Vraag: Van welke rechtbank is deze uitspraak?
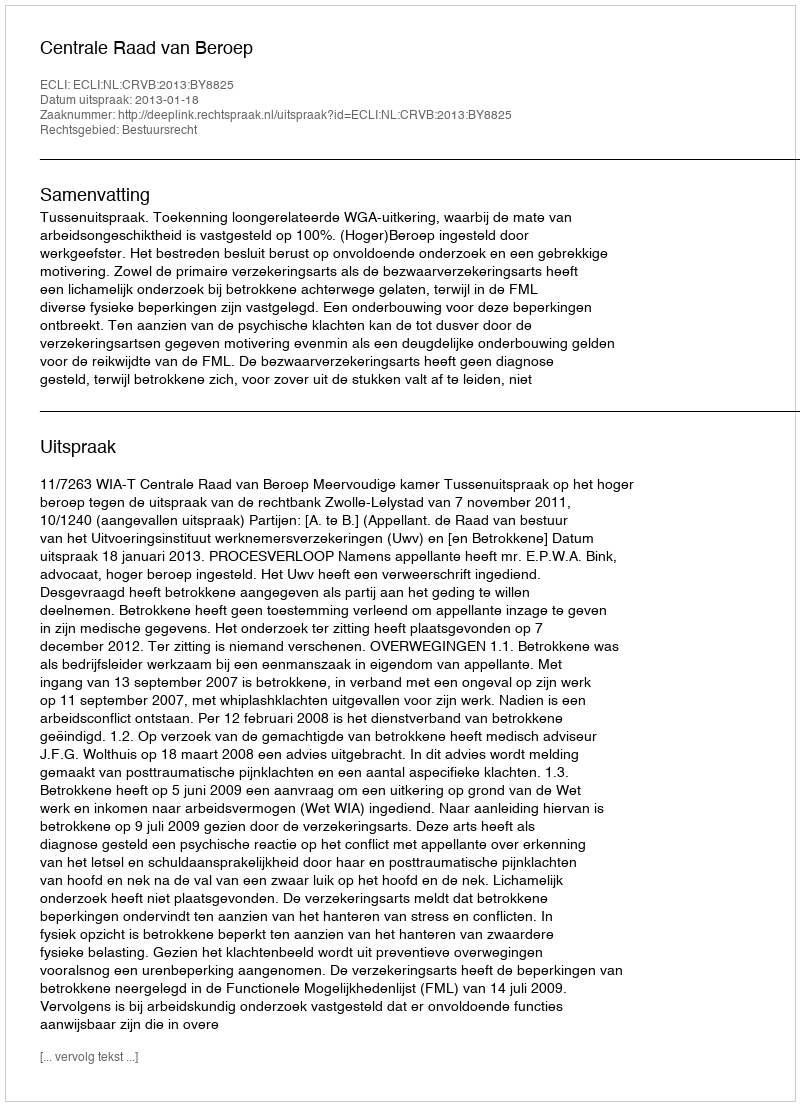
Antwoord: Centrale Raad van Beroep